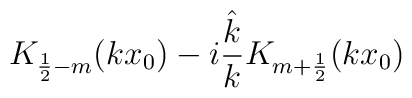
K_{\frac 12-m}(kx_0)-i\frac{\hat k}{k}K_{m+\frac12}(kx_0)